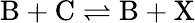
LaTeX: \mathrm{B}+\mathrm{C}\rightleftharpoons\mathrm{B}+\mathrm{X}